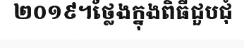
២០១៩។ថ្លែងក្នុងពិធីជួបជុំ